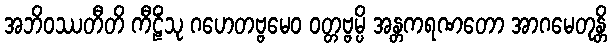
အဘိဝဿတီတိ ကီဠိံသု ဂဟေတဗ္ဗမေဝ ဝတ္တဗ္ဗမ္ပိ အန္တကရဏတော အာဂမေတုန္တိ